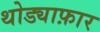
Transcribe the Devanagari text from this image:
थोड्याफ़ार